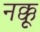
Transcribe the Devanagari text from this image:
नक्कू